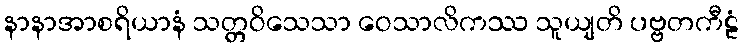
နာနာအာစရိယာနံ သတ္တဝိသေသာ ဝေသာလိကဿ သူယျတိ ပဗ္ဗတကီဠံ